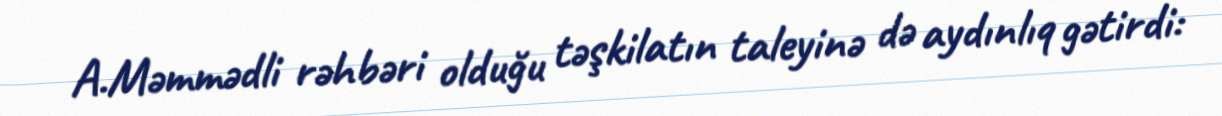
A.Məmmədli rəhbəri olduğu təşkilatın taleyinə də aydınlıq gətirdi: